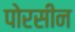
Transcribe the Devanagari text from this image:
पोरसीन